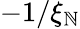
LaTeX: -1/\xi_{\mathbb{N}}